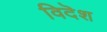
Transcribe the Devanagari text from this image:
विदॆश